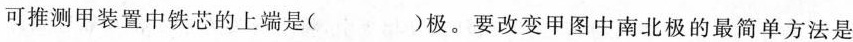
可推测甲装置中铁芯的上端是( )极。要改变甲图中南北极的最简单方法是